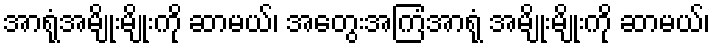
အာရုံအမျိုးမျိုးကို ဆာမယ်၊ အတွေးအကြံအာရုံ အမျိုးမျိုးကို ဆာမယ်၊